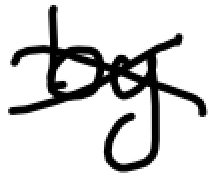
Text: by
Cross-out: cross
Writing tool: digital_black